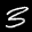
Label: 3